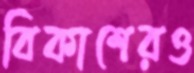
বিকাশেরও